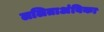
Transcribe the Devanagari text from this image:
ललिताअंबिका